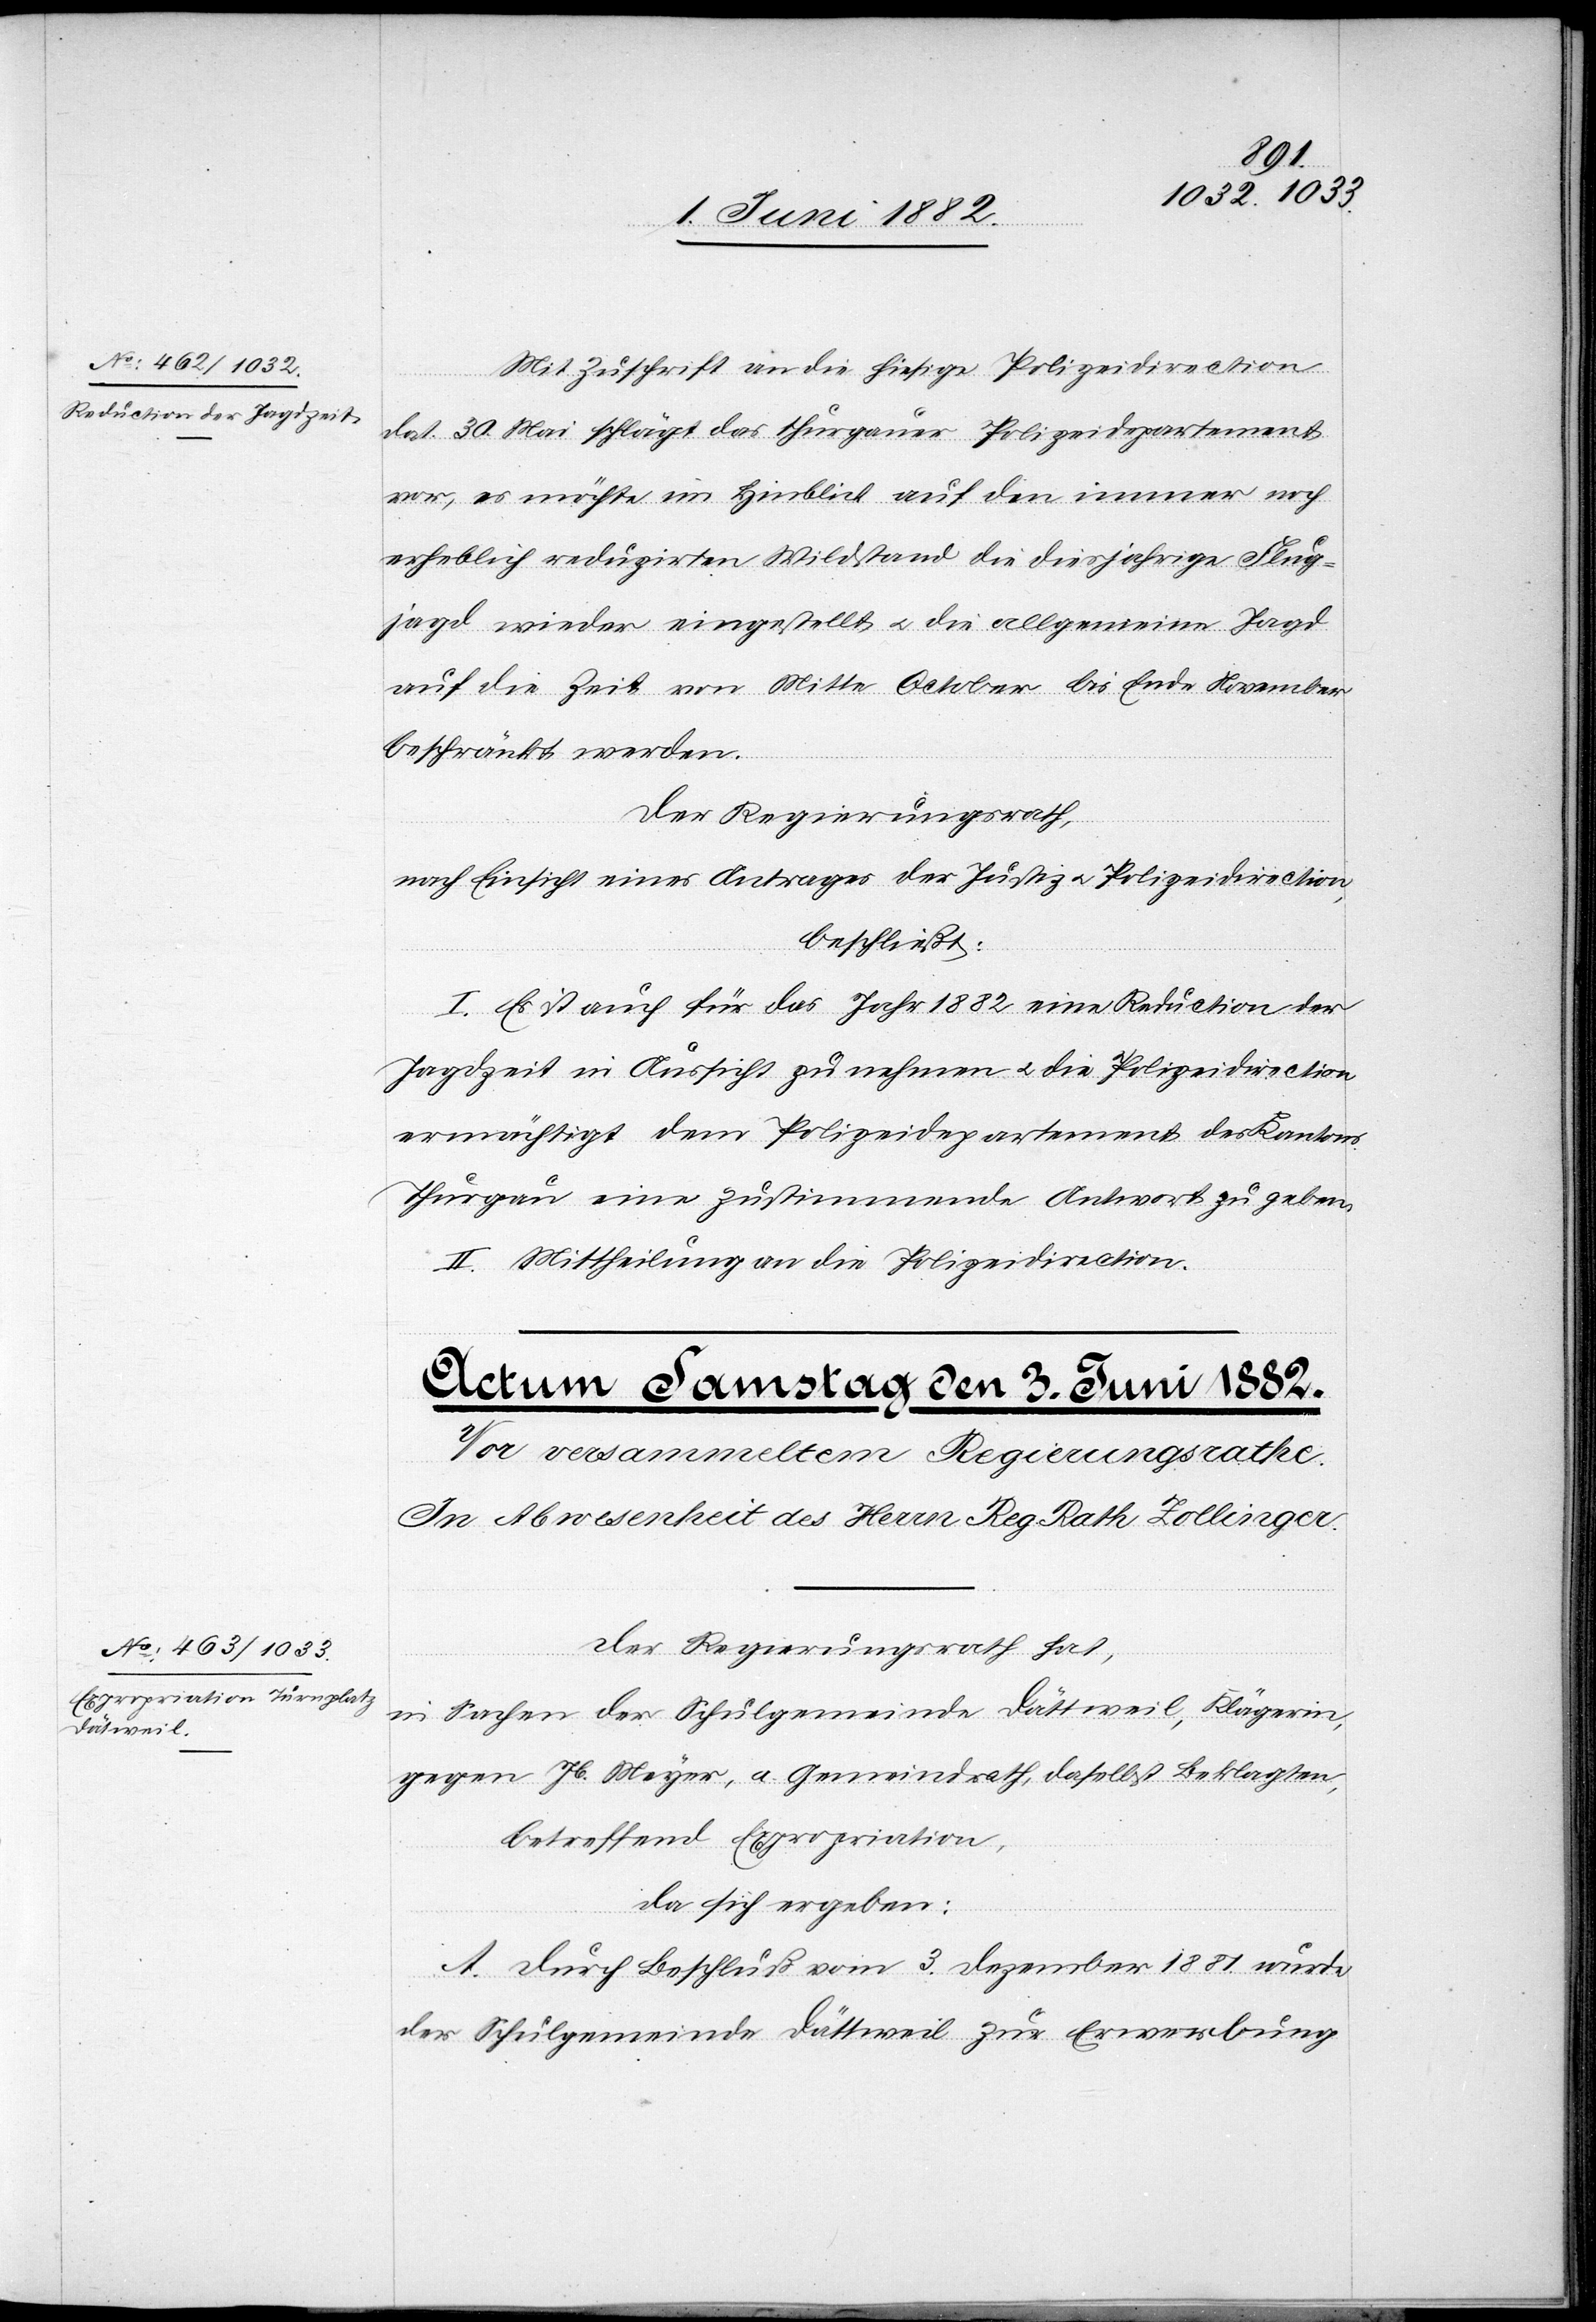
2. Juni 1882]
Mit Zuschrift an die hiesige Polizeidirection
dat. 30. Mai schlägt das thurgauer Polizeidepartement
vor, es möchte im Hinblick auf den immer noch
erheblich reduzirten Wildstand die diesjährige Flug¬
jagd wieder eingestellt u. die allgemeine Jagd
auf die Zeit von Mitte October bis Ende November
beschränkt werden.
Der Regierungsrath,
nach Einsicht eines Antrages der Justiz- u. Polizeidirection,
beschließt:
I. Es ist auch für das Jahr 1882 eine Reduction der
Jagdzeit in Aussicht zu nehmen u. die Polizeidirection
ermächtigt dem Polizeidepartement des Kantons
Thurgau eine zustimmende Antwort zu geben.
II. Mittheilung an die Polizeidirection.
Der Regierungsrath hat,
in Sachen der Schulgemeinde Dättweil [sic!], Klägerin,
gegen Jb. Meyer, a. Gemeindrath, daselbst Beklagten,
betreffend Expropriation,
da sich ergeben:
A. Durch Beschluß vom 3. Dezember 1881 wurde
der Schulgemeinde Dättweil zur Erwerbung